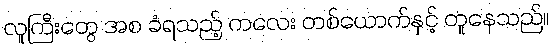
လူကြီးတွေ အစ ခံရသည့် ကလေး တစ်ယောက်နှင့် တူနေသည်။